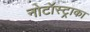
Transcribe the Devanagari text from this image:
नोटॉस्ट्राका